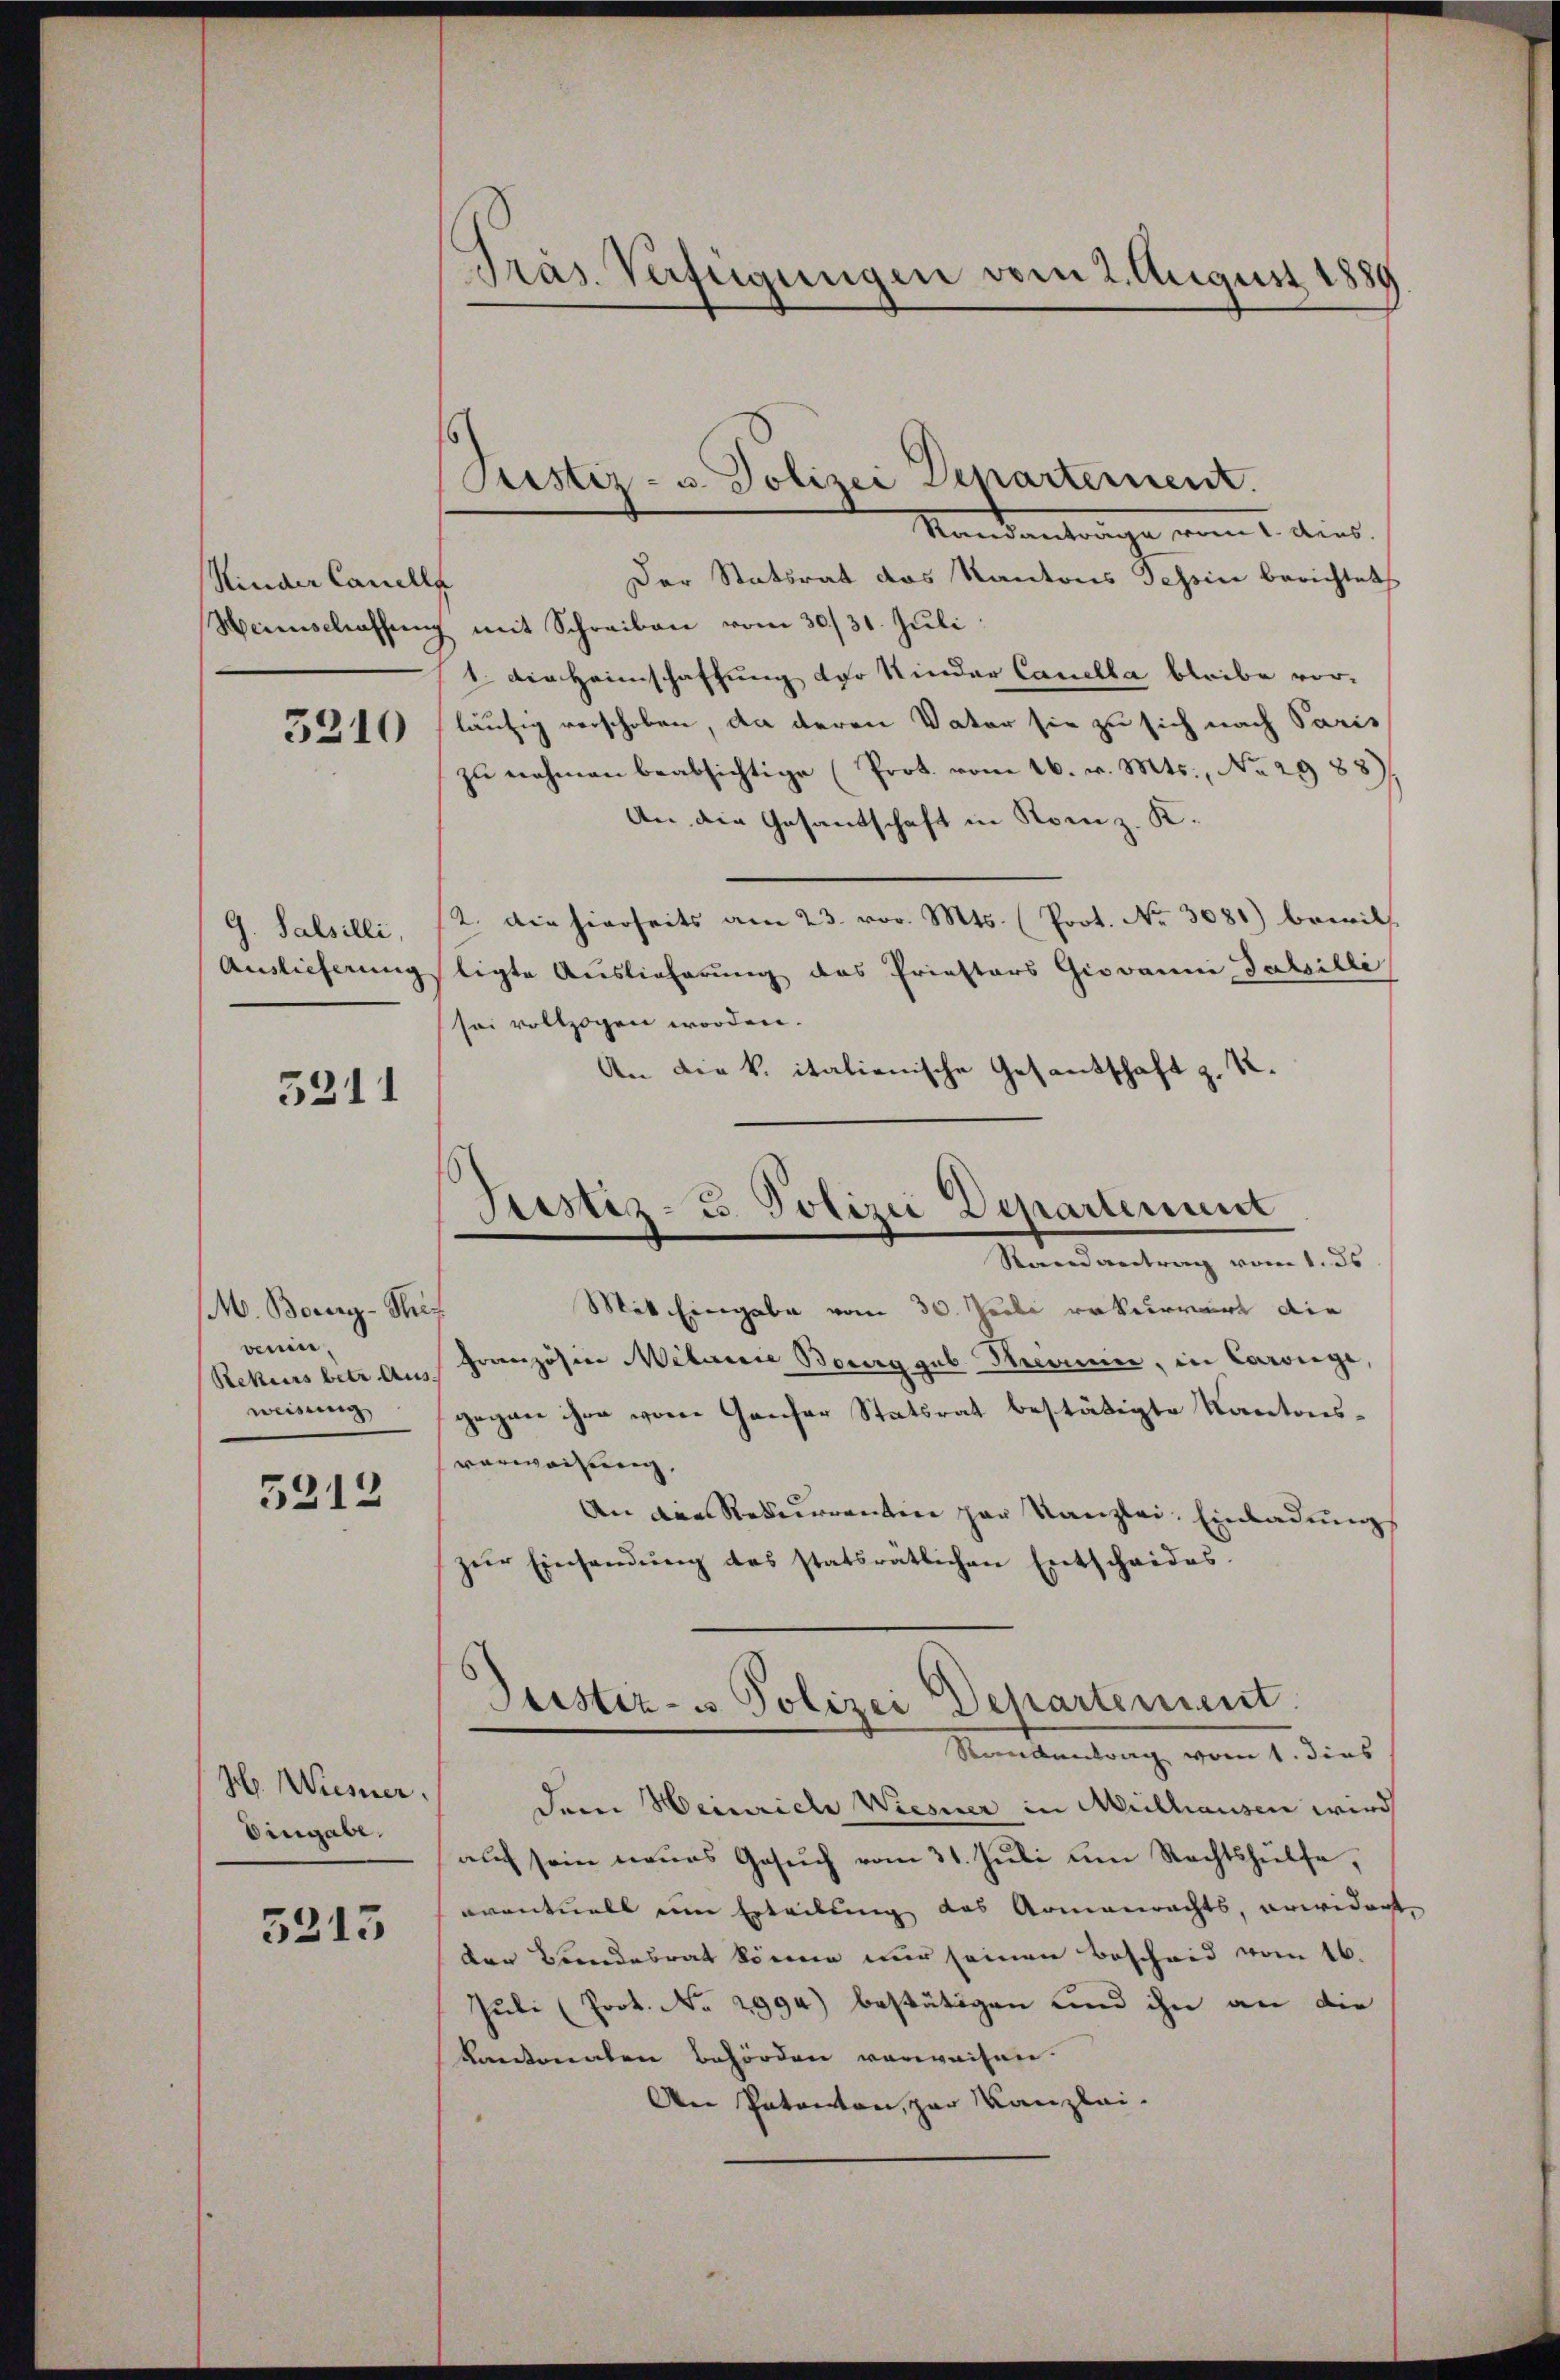
Rinder Canell,
Heinschaffen

3210

G. Salsilli,
Auslieferung

5211

M. Bonny-Sti
oenin,
Rekurs betr. Aus
weisung

5212

H. Wiesner.
Eingabe.

5213

Präs. Verfügungen vom 2. August 1889

Justiz- u. Polizei Departement.

Justiz- u. Polizei Departement
Randantrag vom 1. ds

Mandanter dies
Der Statsrat des Kantons Schein berichtet,
s
7 mit Schreiben vom 30./31. Juli
1. Die Heimschaffung der Kinder Canella bleibe vorläufig verschoben, da deren Vater sie zu sich nach Paris
zu nehmen beabsichtige (Prot. vom 16. v. Mts., No 2988)
An die Gesandschaft in Romiz. K.
2. Die hierseits am 23. vor. Mts. (Prot. No. 3081) bewill
ligte Auslieferung des Priestors Giovanni-Tabilli
sei vollzogen worden.
An die k. italienische Gesandtschaft z. K.
Mit Eingabe vom 30. Juli rekurrirt die
e
Französia Meterie Beweggeb Kamine, in Carolge,
gegen ihre vom Genfer Statsrat bestätigte Kantonsverwachung,
An die Rekurrenten par Kanzlei- Einladungs
zŭr Einhandŭng des statsrätlichen Entschaides
Dustiz- u Polizei Departement.
Man kennung vom 1. dies
Dem Heinriche Wiesner in Meillausen wird
auf sein neues Gesuch vom 31. Juli um Rechtshülfe,
eventuell um Erteilung des Armenrechts, erwidert,
der Brandesrat könne nur seinen Bescheid vom 16.
Juli (Prot. No 2994) bestätigen und ihn an die
Kantonalen Behörden vorweisen.
An Patanton, zur Kanzlei-